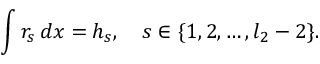
\int r _ { s } \, d x = h _ { s } , \quad s \in \{ 1 , 2 , \ldots , l _ { 2 } - 2 \} .